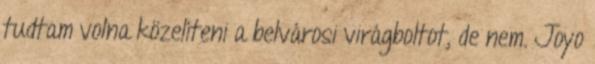
tudtam volna közelíteni a belvárosi virágboltot, de nem. Joyo